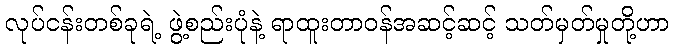
လုပ်ငန်းတစ်ခုရဲ့ ဖွဲ့စည်းပုံနဲ့ ရာထူးတာဝန်အဆင့်ဆင့် သတ်မှတ်မှုတို့ဟာ